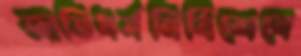
জাতিধর্মনির্বিশেষে